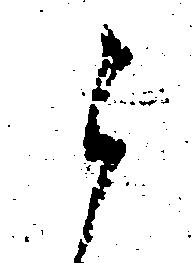
ら